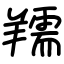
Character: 羺